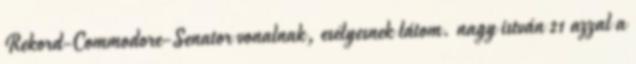
Rekord-Commodore-Senator vonalnak, esélyesnek látom. nagy istván 21 azzal a